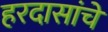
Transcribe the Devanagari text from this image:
हरदासांचे